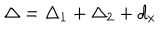
LaTeX: \Delta = \Delta _ { 1 } + \Delta _ { 2 } + d _ { x }